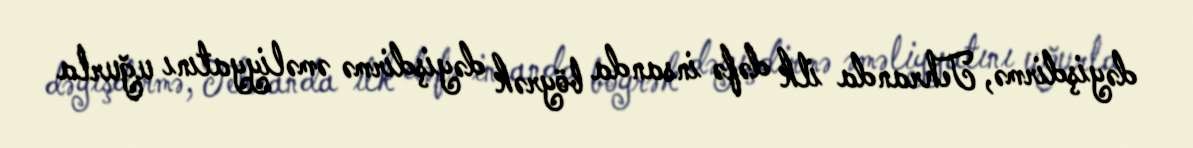
dəyişdirmə, Tehranda ilk dəfə insanda böyrək dəyişdirmə əməliyyatını uğurla